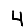
Digit: 4